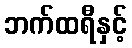
ဘက်ထရီနှင့်